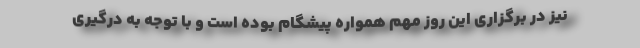
نیز در برگزاری این روز مهم همواره پیشگام بوده است و با توجه به درگیری